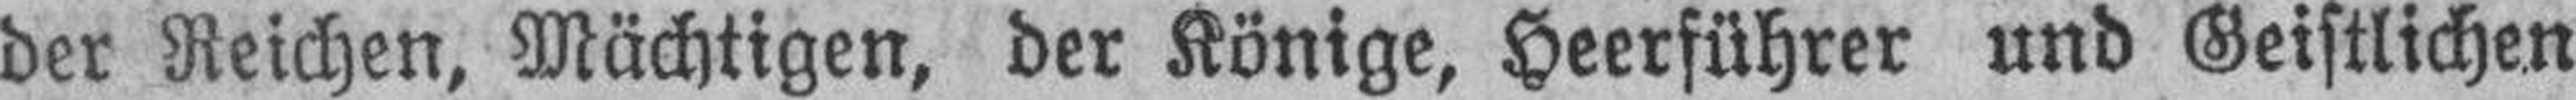
der Reichen, Mächtigen, der Könige, Heerführer und Geistlichen